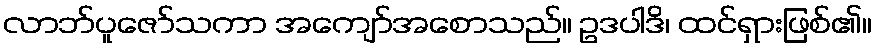
လာဘ်ပူဇော်သကာ အကျော်အစောသည်။ ဥဒပါဒိ၊ ထင်ရှားဖြစ်၏။